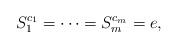
\begin{align*}S_{1}^{c_{1}}=\cdots =S_{m}^{c_{m}}=e,\end{align*}